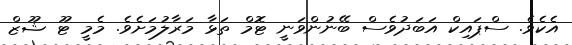
އެކެވެ. ސްޕައިކް އަބަދުވެސް ބޭނުންވަނީ ޓޮމް ތަޅާ މަރާލުމަށެވެ. މެމީ ޓޫ ޝޫޒް